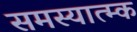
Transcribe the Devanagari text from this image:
समस्यात्म्क